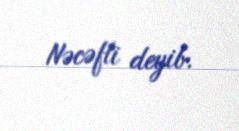
Nəcəfli deyib.